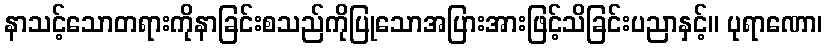
နာသင့်သောတရားကိုနာခြင်းစသည်ကိုပြုသောအပြားအားဖြင့်သိခြင်းပညာနှင့်။ ပုရာဏော၊